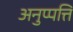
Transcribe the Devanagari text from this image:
अनुप्पत्ति